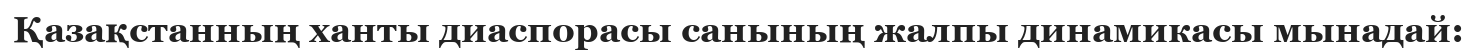
Қазақстанның ханты диаспорасы санының жалпы динамикасы мынадай: